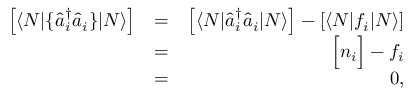
\begin{array} { r l r } { \left[ \langle N | \{ \hat { a } _ { i } ^ { \dagger } \hat { a } _ { i } \} | N \rangle \right] } & { = } & { \left[ \langle N | \hat { a } _ { i } ^ { \dagger } \hat { a } _ { i } | N \rangle \right] - \left[ \langle N | f _ { i } | N \rangle \right] } \\ & { = } & { \Big [ n _ { i } \Big ] - f _ { i } } \\ & { = } & { 0 , } \end{array}